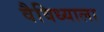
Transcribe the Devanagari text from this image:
वैविध्याला